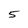
Character: 5